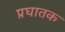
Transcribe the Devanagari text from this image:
प्रघातक